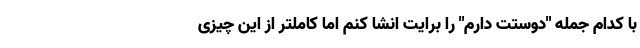
با کدام جمله "دوستت دارم" را برایت انشا کنم اما کاملتر از این چیزی